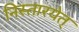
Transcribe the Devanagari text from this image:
निस्तारयेत्